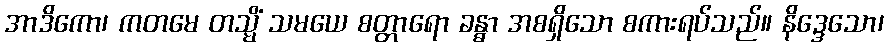
အာဒိကော၊ ကတမေ တသ္မိံ သမယေ စတ္တာရော ခန္ဓာ အစရှိသော စကားရပ်သည်။ နိဒ္ဒေသော၊